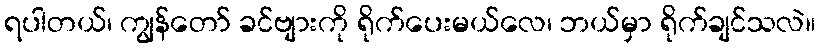
ရပါတယ်၊ ကျွန်တော် ခင်ဗျားကို ရိုက်ပေးမယ်လေ၊ ဘယ်မှာ ရိုက်ချင်သလဲ။